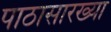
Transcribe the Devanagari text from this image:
पाठासारख्या